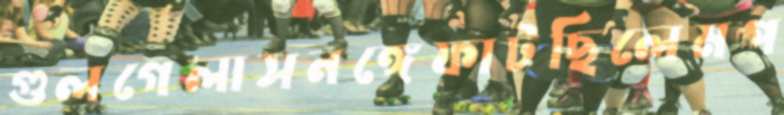
গুলগেলাসনঙ্গেফাটছিলেমপ